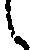
し